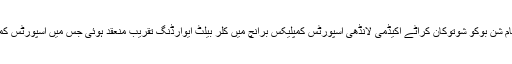
02 مئی2018ء) شن بوکو ایسوسی ایشن آف کراٹے ڈو جے کے ایس پاکستان کے زیر اہتمام شن بوکو شوتوکان کراٹے اکیڈمی لانڈھی اسپورٹس کمپلیکس برانچ میں کلر بیلٹ ایوارڈنگ تقریب منعقد ہوئی جس میں اسپورٹس کمپلیکس برانچ کے ساتھ ساتھ ہیڈکوارٹر کے کراٹیکاز نے اگلے درجے کے لئے ٹیسٹ دئے۔